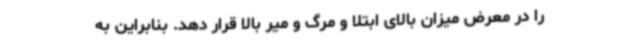
را در معرض میزان بالای ابتلا و مرگ و میر بالا قرار دهد. بنابراین به